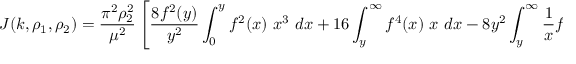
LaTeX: J ( k , \rho _ { 1 } , \rho _ { 2 } ) = { \frac { \pi ^ { 2 } \rho _ { 2 } ^ { 2 } } { \mu ^ { 2 } } } \left[ { \frac { 8 f ^ { 2 } ( y ) } { y ^ { 2 } } } \int _ { 0 } ^ { y } f ^ { 2 } ( x ) \ x ^ { 3 } \ d x + 1 6 \int _ { y } ^ { \infty } f ^ { 4 } ( x ) \ x \ d x - 8 y ^ { 2 } \int _ { y } ^ { \infty } \frac { 1 } { x } f ^ { 4 } ( x ) \ d x \right] \equiv { \frac { \pi ^ { 2 } \rho _ { 2 } ^ { 2 } } { \mu ^ { 2 } } } R ( y ) .